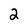
Character: 2